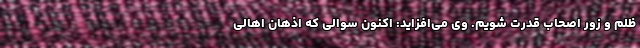
ظلم و زور اصحاب قدرت شویم. وی می‌افزاید: اکنون سوالی که اذهان اهالی